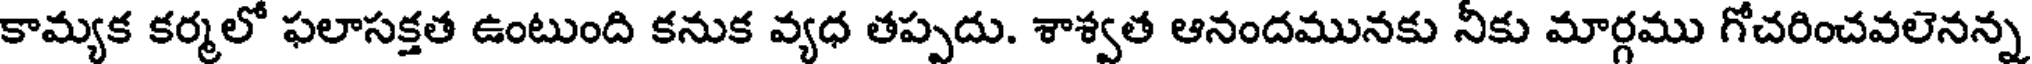
కామ్యక కర్మలో ఫలాసక్తత ఉంటుంది కనుక వ్యధ తప్పదు. శాశ్వత ఆనందమునకు నీకు మార్గము గోచరించవలెనన్న